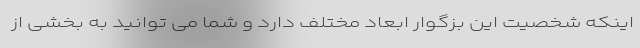
اینکه شخصیت این بزگوار ابعاد مختلف دارد و شما می توانید به بخشی از